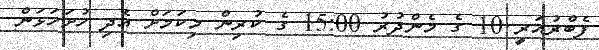
ފެބްރުއަރީ 10 ގެ މެންދުރު 15:00 ގެ ކުރިން މިކަމަށް އެދި ހުށަހަޅަން